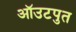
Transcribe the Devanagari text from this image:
ऑउटपुत